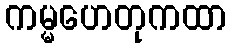
ကမ္မဟေတုကထာ